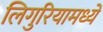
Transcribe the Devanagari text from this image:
लिगुरियामध्ये